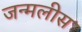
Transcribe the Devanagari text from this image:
जन्मलीस